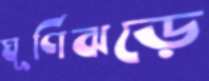
ঘূর্ণিঝড়ে